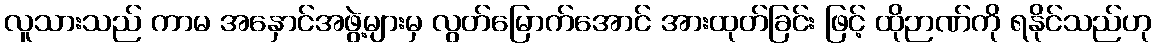
လူသားသည် ကာမ အနှောင်အဖွဲ့များမှ လွတ်မြောက်အောင် အားထုတ်ခြင်း ဖြင့် ထိုဉာဏ်ကို ရနိုင်သည်ဟု